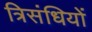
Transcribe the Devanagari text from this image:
त्रिसंधियों